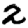
Digit: 2